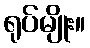
ရုပ်မျိုး။